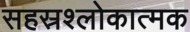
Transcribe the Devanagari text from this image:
सहस्रश्लोकात्मक